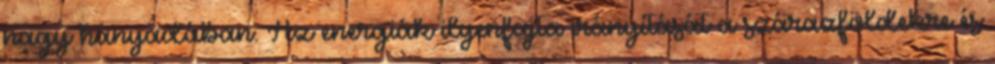
nagy hányadában. Az energiák ilyenfajta irányítását a szárazföldekre és